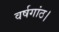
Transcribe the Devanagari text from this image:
वर्षगांठ।